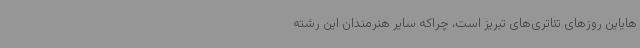
‌هایاین روزهای تئاتری‌های تبریز است، چراکه سایر هنرمندان این رشته